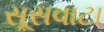
સૂસવાટા